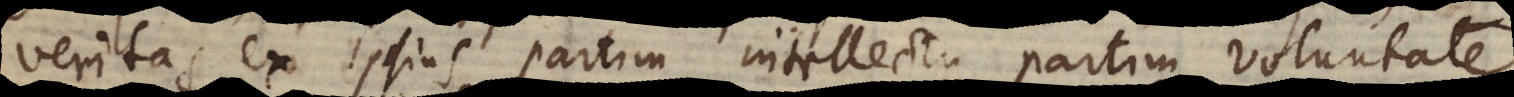
veritas ex ipsius partim intellectu, partim voluntate,